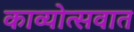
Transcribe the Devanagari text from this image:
काव्योत्सवात